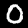
Label: 0